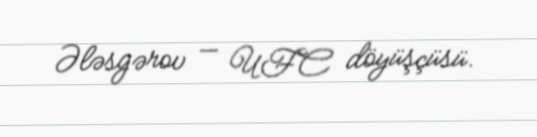
Ələsgərov — UFC döyüşçüsü.